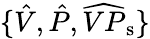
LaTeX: \{ \hat{V},\hat{P},\widehat{VP}_{\mathrm{s}}\}